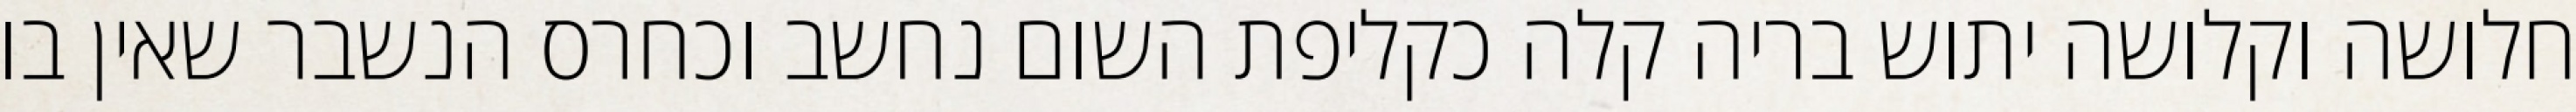
חלושה וקלושה יתוש בריה קלה כקליפת השום נחשב וכחרס הנשבר שאין בו